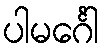
ပါမင်္ဂေါ